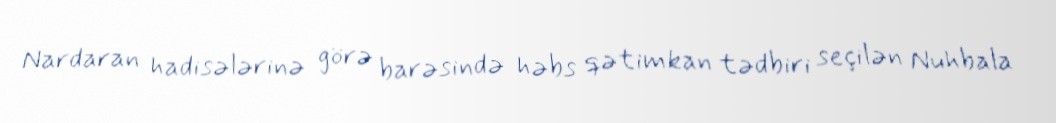
Nardaran hadisələrinə görə barəsində həbs qətimkan tədbiri seçilən Nuhbala